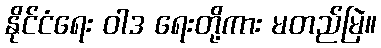
နိုင်ငံရေး ဝါဒ ရေးတို့ကား မတည်မြဲ။